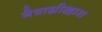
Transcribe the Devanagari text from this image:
नेत्राग्नीद्वारा